Aleksander_Warma, lk 25
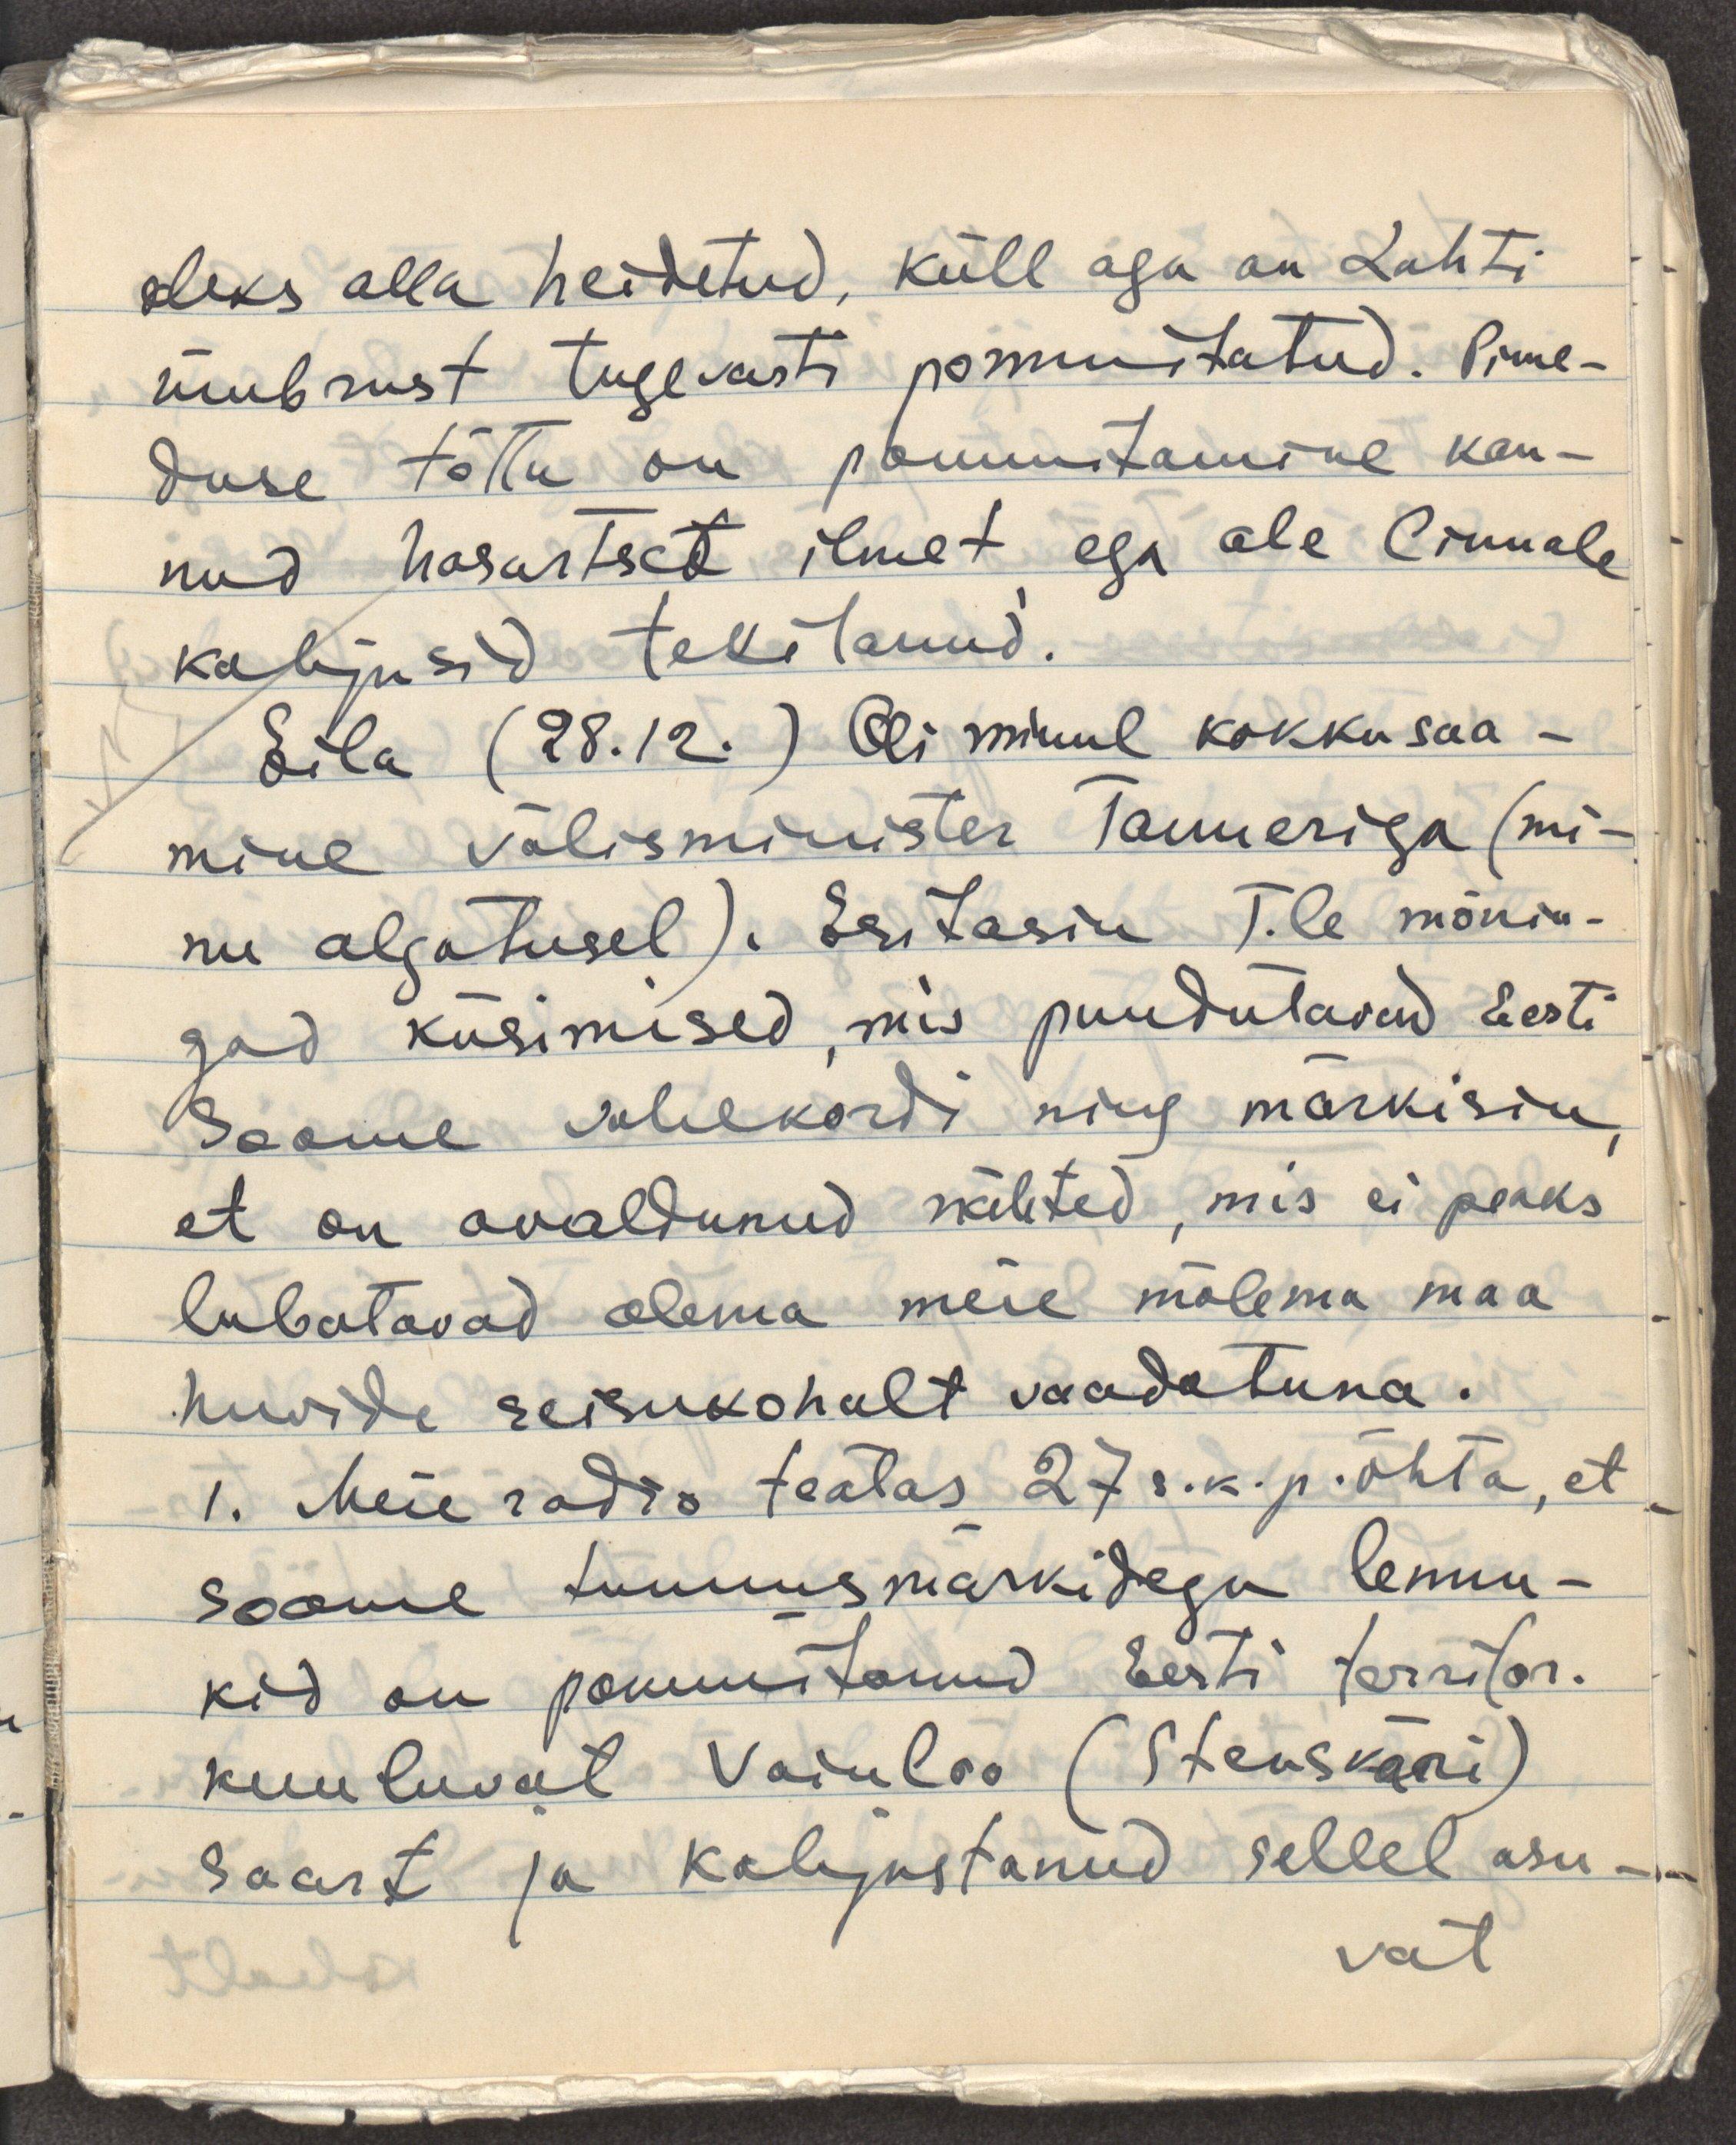
oleks alla heidetud, küll aga on Lahti
ümbrust tugevasti pommitatud. Pime-
duse tõttu on pommitamine kan-
nud hasartset ilmet ega ole linnale
kahjusid tekitanud.
Eila (28.12.) Oli minul kokkusaa-
mine välisminister Tanneriga (mi-
nu algatusel). Esitasin T.le mõnin-
gad küsimised, mis puudutanud Eesti
Soome vahekordi ning märkisin,
et on avaldunud nähted, mis ei peaks
lubatavad olema meie mõlema maa
huvide seisukohalt vaadatuna.
1. Meie radio teatas 27 s.k.p õhta, et
Soome tunnusmärkidega lennu-
kid on pommitanud Eesti territor.
kuuluvat Vainloo (Stenskäri)
saart ja kahjustanud sellel asu-
vat